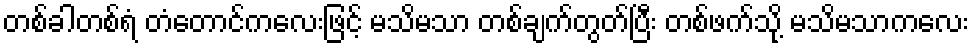
တစ်ခါတစ်ရံ တံတောင်ကလေးဖြင့် မသိမသာ တစ်ချက်တွတ်ပြီး တစ်ဖက်သို့ မသိမသာကလေး